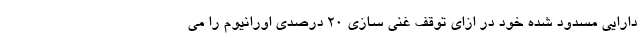
دارایی مسدود شده خود در ازای توقف غنی سازی 20 درصدی اورانیوم را می